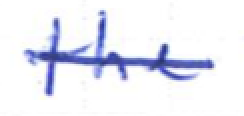
Text: the
Cross-out: single-line
Writing tool: ballpoint